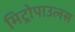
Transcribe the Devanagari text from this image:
मिट्रोपाउलस